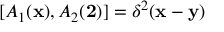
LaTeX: [ A _ { 1 } ( { \bf x } ) , A _ { 2 } ( { \bf 2 } ) ] = \delta ^ { 2 } ( { \bf x } - { \bf y } )